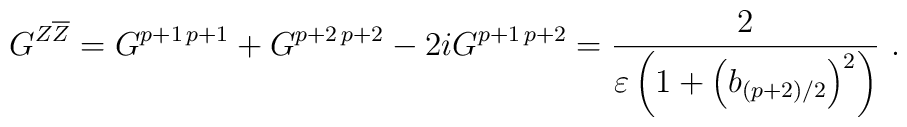
G^{Z\overline{Z}}=G^{p+1\, p+1}+G^{p+2\, p+2}-2iG^{p+1\,p+2}=\frac{2}{\varepsilon\left(1+\left(b_{(p+2)/2}\right)^{2}\right)}~.